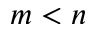
m < n